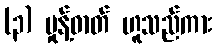
(၃) မှုန့်ဓာတ် ဟူသည်ကား